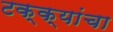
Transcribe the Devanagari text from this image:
टक्क्यांचा